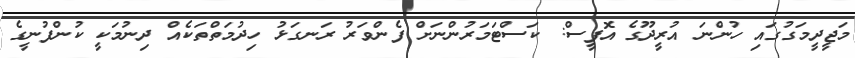
މަޖީދީމަގުގައި ހުންނަ އުރީދޫގެ އޮފީސް: ކަސްޓަމަރުންނަށް ފެންވަރު ރަނގަޅު ހިދުމަތްތަކެއް ދިނުމަކީ ކުންފުނީގެ